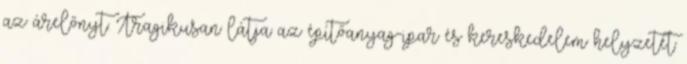
az árelőnyt. Tragikusan látja az építőanyag-ipar és kereskedelem helyzetét